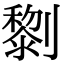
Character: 𠠍